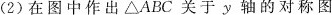
(2)在图中作出△ABC关于y轴的对称图